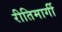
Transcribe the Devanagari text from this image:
रीतिमार्गी